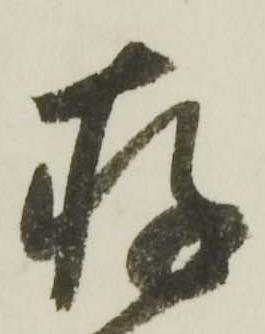
存